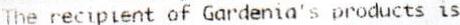
THE RECIPIENT OF GARDENIA'S PRODUCTS IS